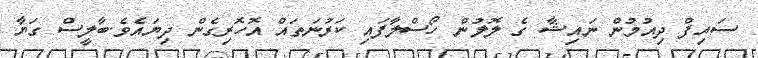
ސައިފް ދިއުމުން ނައިޝާ ގެ ލޮލުން ހޯސްލާފައި ކަރުނަތައް އޮހޮރިގެން ދިޔައެވެ.ބާލީސް ގަޔާ